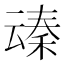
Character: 𪜞